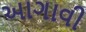
આગાવી